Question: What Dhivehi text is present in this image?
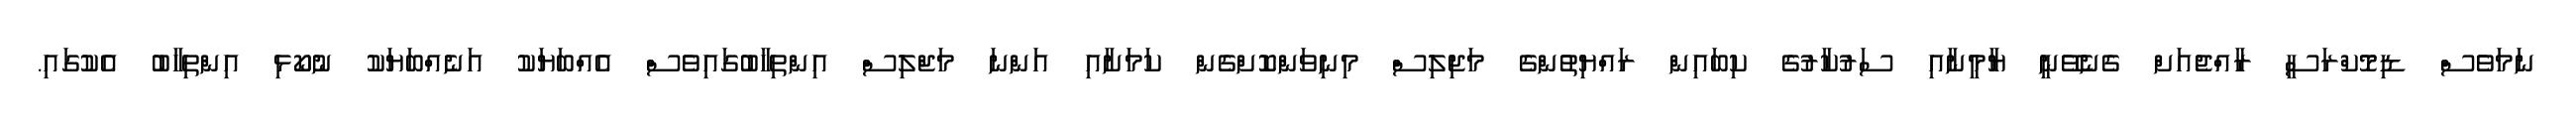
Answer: ނަމަވެސް ޑިމޮކްރަސީ ރާއްޖެއަށް ގެނެވޭނީ ޔާމީނާއި ސަރުކާރުގެ ކިބައިން ރައްޔިތުންގެ މަޖިލިސް މިނިވަންކޮށްގެން ކަމަށާއި އަންނަ މަޖްލިސް އިންތިހާބުގައިވެސް އެއްބަޔަކު އަނެއްބަޔަކު ނުކޯޅި އިންތިހާބު އެކުގައި.